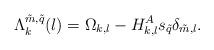
LaTeX: \begin{align*}\Lambda_k^{\tilde{m}, \tilde{q}}(l) = \Omega_{k,l}-H_{k,l}^As_{\tilde{q}}\delta_{\tilde{m},l}.\end{align*}